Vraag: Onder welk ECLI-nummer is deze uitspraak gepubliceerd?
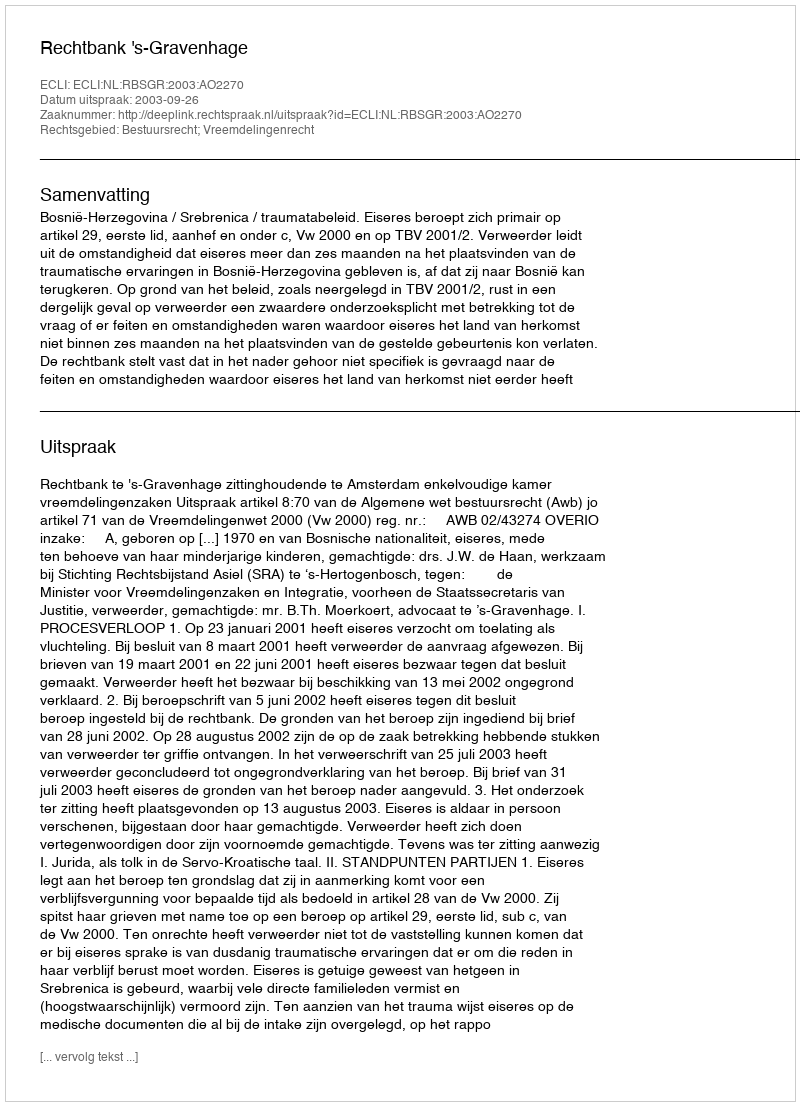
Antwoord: ECLI:NL:RBSGR:2003:AO2270